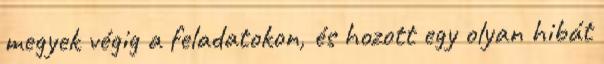
megyek végig a feladatokon, és hozott egy olyan hibát